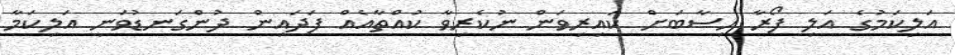
އަލިކަމުގެ އަލި ފޯރާ ހިސާބަށް ކައިރިވަން ނުކެރިވާ ކުއްތާއެއް ފަދައިން ދުންގަނޑުވަނީ އަލިކަމާ